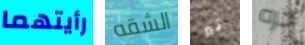
رأيتهما الشقه تير حره